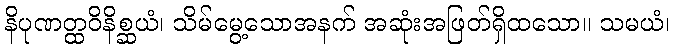
နိပုဏတ္ထဝိနိစ္ဆယံ၊ သိမ်မွေ့သောအနက် အဆုံးအဖြတ်ရှိထသော။ သမယံ၊